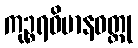
ကုဉ္စရဝိမာနဝတ္ထု